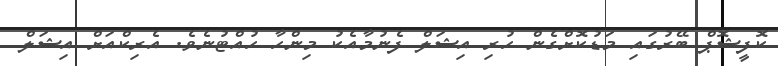
ކޮފީޝޮޕް ބޭރުގައި މަޑުކޮށްގެން ހުރި އިޝަލް ފެނުމާއެކު މިންހާ ހުއްޓުނެވެ. އެރިކްއަށް އިޝަލް